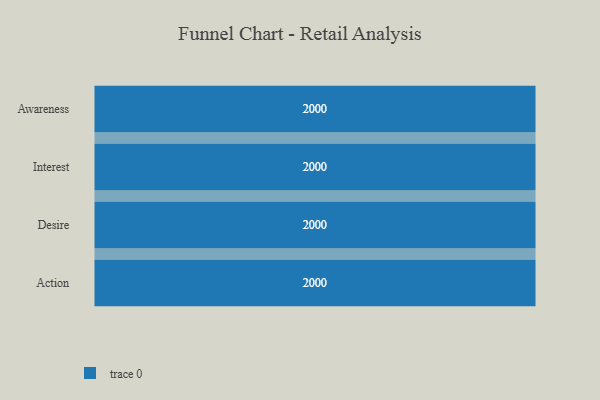
{"axis": {"x": "Stage", "y": "Value"}, "legend": [""], "data": [{"x": "Awareness", "y": 2000, "type": ""}, {"x": "Interest", "y": 2000, "type": ""}, {"x": "Desire", "y": 2000, "type": ""}, {"x": "Action", "y": 2000, "type": ""}]}